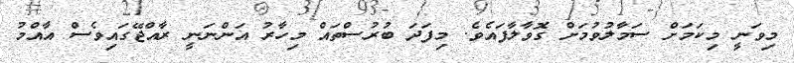
މިވަނީ މިކަމަށް ސަމާލުވުމަށް ގޮވާލާފައެވެ. މިފަދަ ބުރުސްތައް މިހާރު އަންނަނީ ރާއްޖޭގައިވެސް އާއްމު